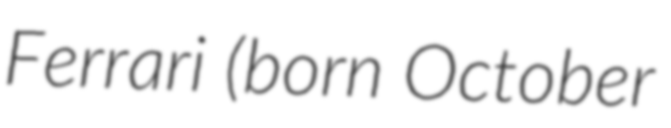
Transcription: Ferrari (born October